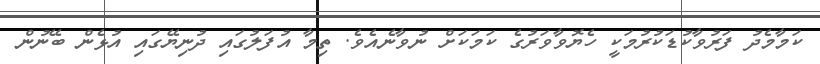
ކަމާމެދު ފަރުވާކުޑަކުރުމަކީ ހެޔޮވާވަރުގެ ކަމަކަށް ނުވާނެއެވެ. ތިމާ އުފަލުގައި ދުނިޔޭގައި އުޅެން ބޭނުން